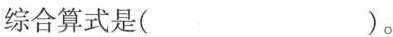
综合算式是( )。